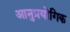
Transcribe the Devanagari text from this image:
आनुप्रयोगिक